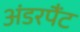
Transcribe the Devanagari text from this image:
अंडरपैंट